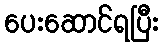
ပေးဆောင်ရပြီး